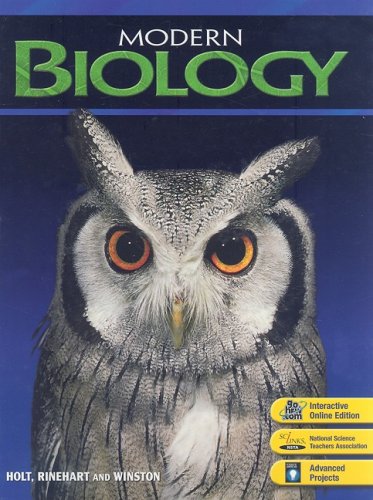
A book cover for Modern Biology: Student Edition 2006; RINEHART AND WINSTON HOLT; Teen & Young Adult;